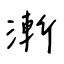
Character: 漸